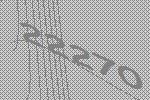
22270